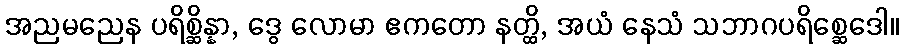
အညမညေန ပရိစ္ဆိန္နာ, ဒွေ လောမာ ဧကတော နတ္ထိ, အယံ နေသံ သဘာဂပရိစ္ဆေဒေါ။